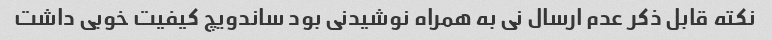
نکته قابل ذکر عدم ارسال نی به همراه نوشیدنی بود ساندویچ کیفیت خوبی داشت